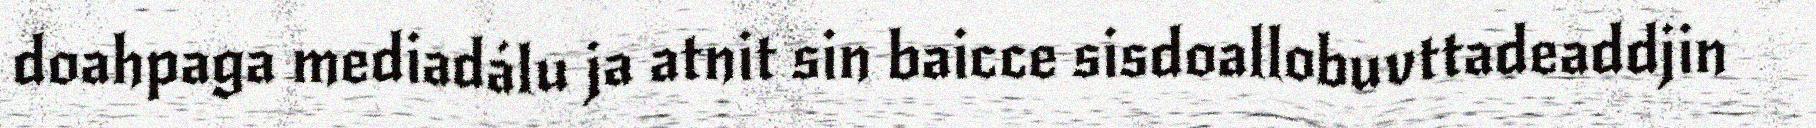
doahpaga mediadálu ja atnit sin baicce sisdoallobuvttadeaddjin